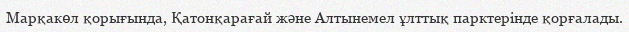
Марқакөл қорығында, Қатонқарағай және Алтынемел ұлттық парктерінде қорғалады.